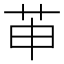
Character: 𱽖